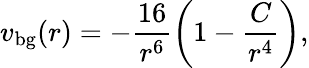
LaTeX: v_{\mathrm{bg}}(r)=-\frac{16}{r^{6}}\left(1-\frac{C}{r^{4}}\right),